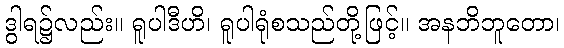
ဒွါရ၌လည်း။ ရူပါဒီဟိ၊ ရူပါရုံစသည်တို့ဖြင့်။ အနဘိဘူတော၊